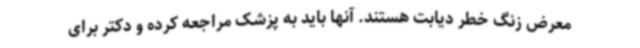
معرض زنگ خطر دیابت هستند. آنها باید به پزشک مراجعه کرده و دکتر برای